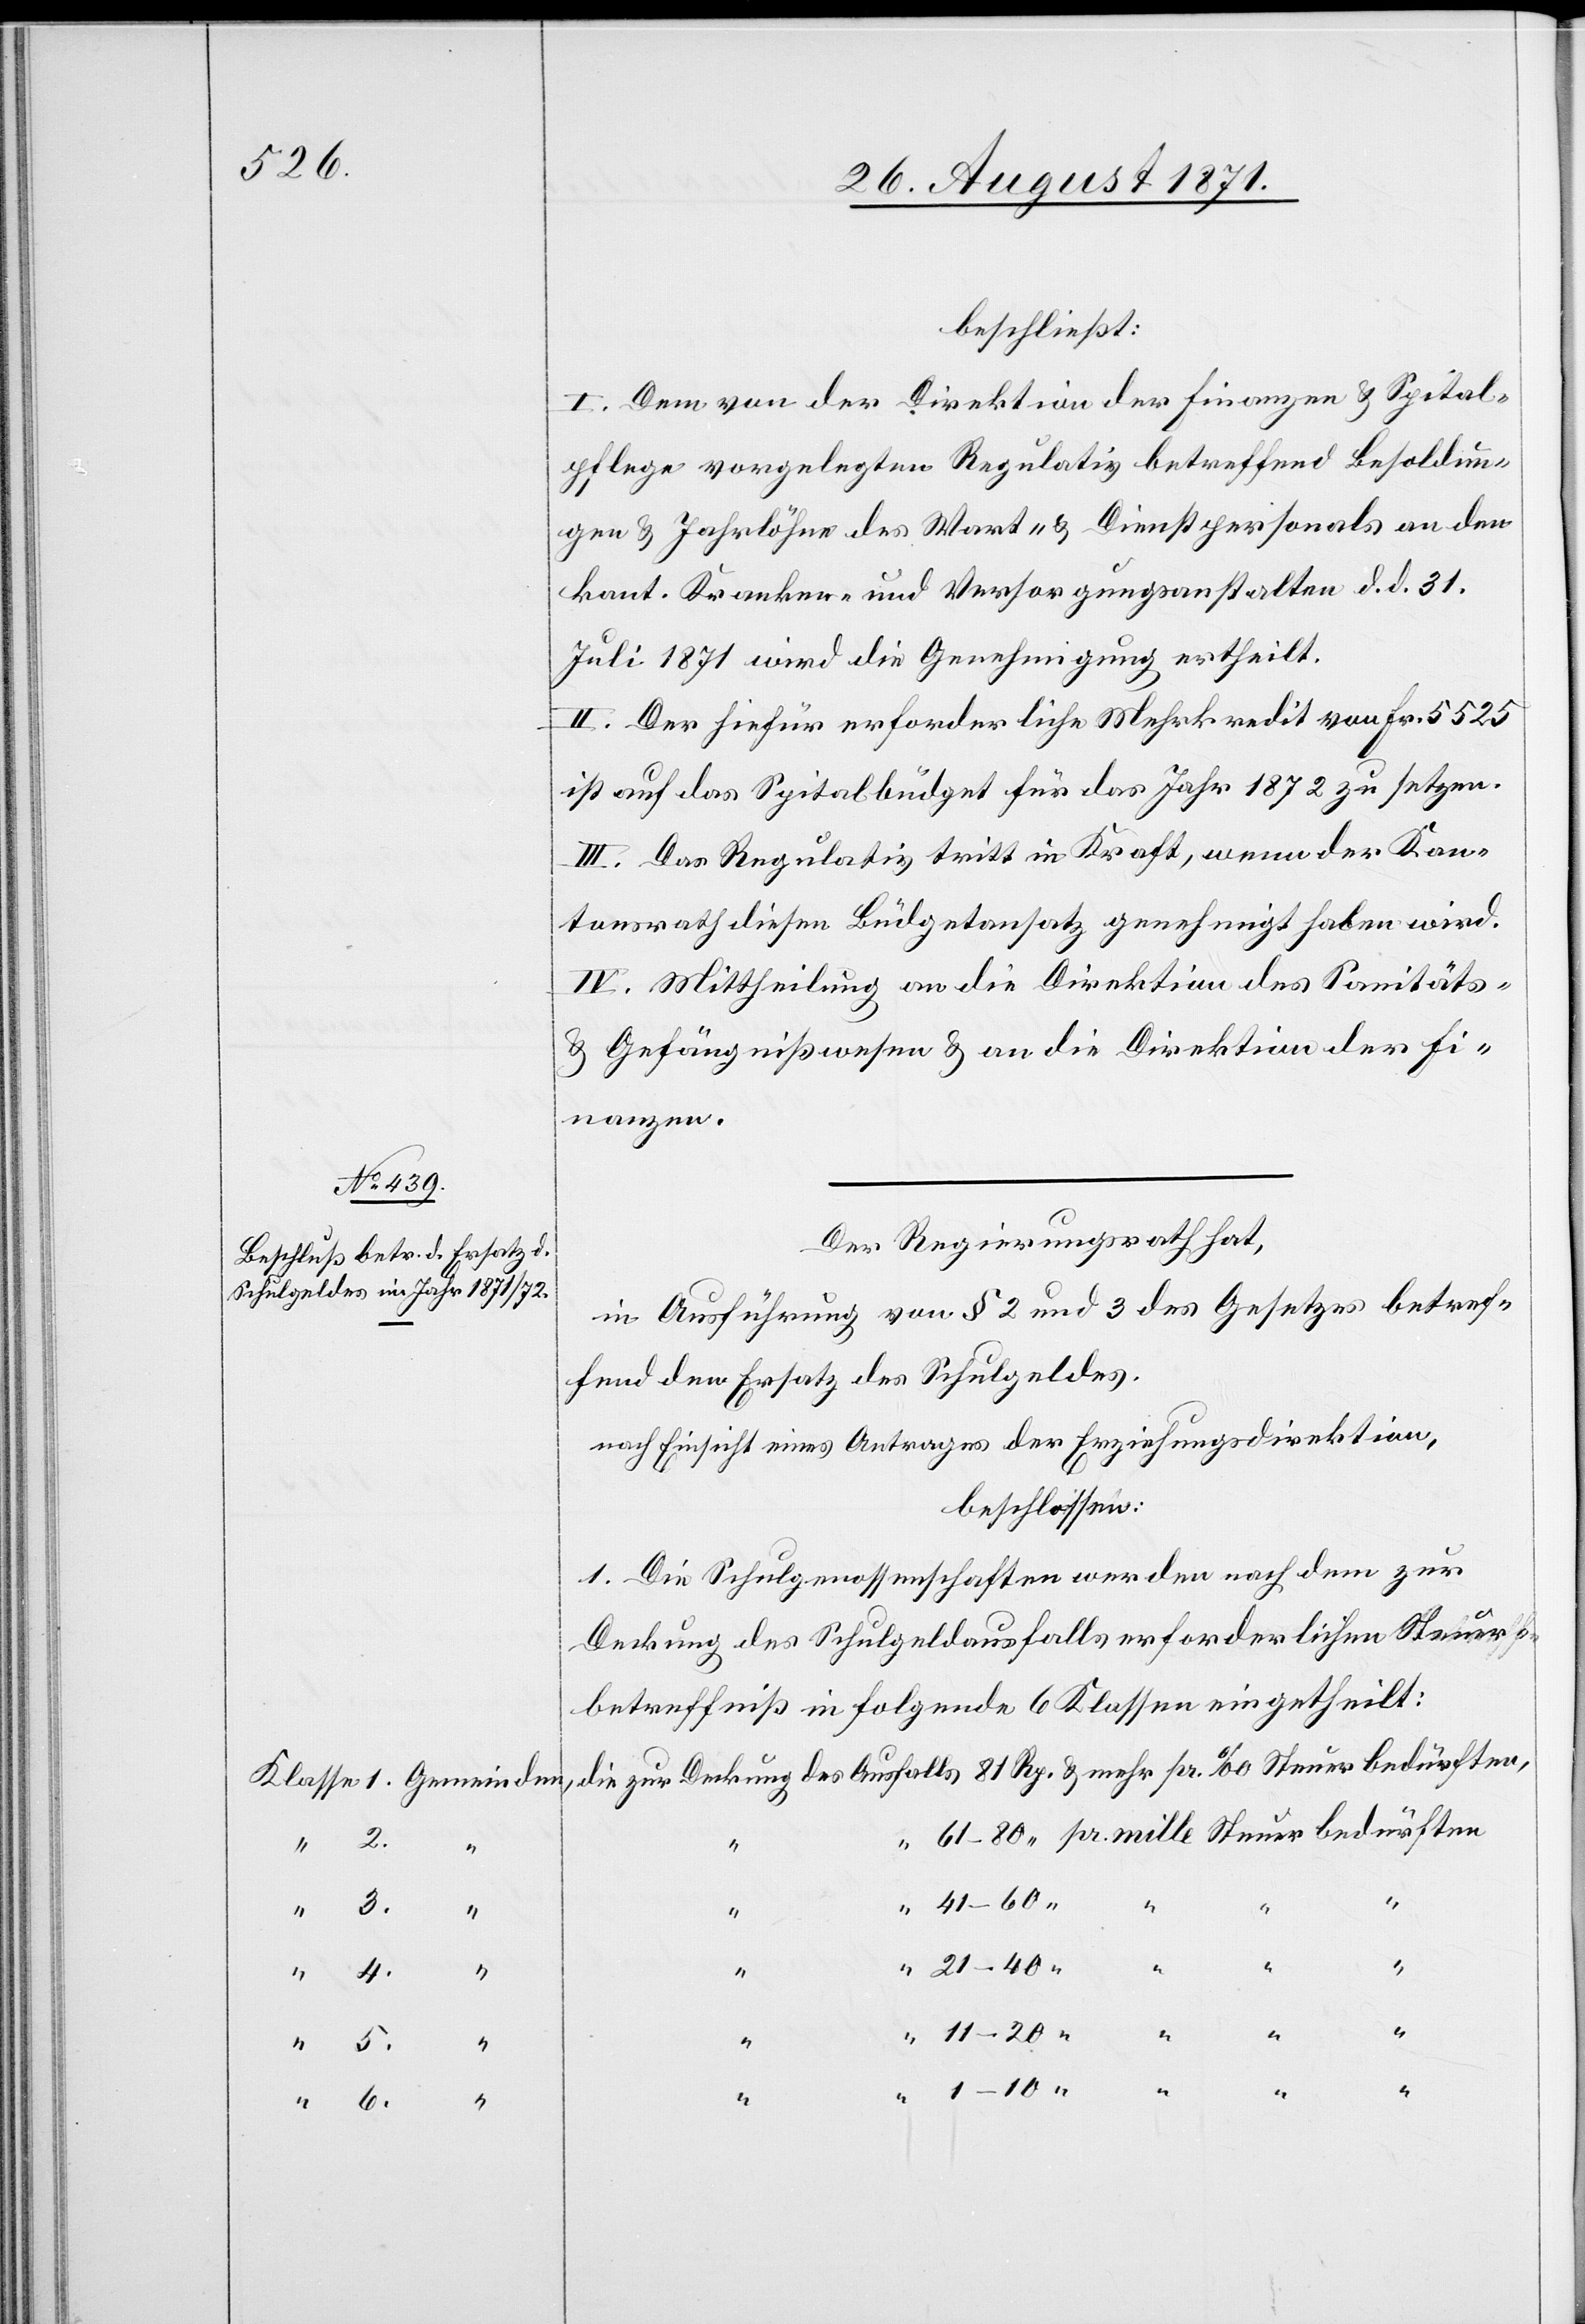
beschließt:
I. Dem von der Direktion der Finanzen & Spital¬
pflege vorgelegten Regulativ betreffend Besoldun¬
gen & Jahrlöhne des Wart- & Dienstpersonals an den
kant. Kranken- und Versorgungsanstalten d. d. 31.
Juli 1871 wird die Genehmigung ertheilt.
II. Der hiefür erforderliche Mehrkredit von Fr. 5525
ist auf das Spitalbudget für das Jahr 1872 zu setzen.
III. Das Regulativ tritt in Kraft, wenn der Kan¬
tonsrath diesen Budgetansatz genehmigt haben wird.
IV. Mittheilung an die Direktion des Sanitäts-
& Gefängnißwesens & an die Direktion der Fi¬
nanzen.
Der Regierungsrath hat,
in Ausführung von § 2 und 3 des Gesetzes betref¬
fend den Ersatz des Schulgeldes,
nach Einsicht eines Antrages der Erziehungsdirektion,
beschlossen:
1. Die Schulgenossenschaften werden nach dem zur
Deckung des Schulgedeausfalls erforderlichen Steuer¬
betreffniß in folgende 6 Klassen eingetheilt:
bedürften
5.
“
6.
“